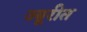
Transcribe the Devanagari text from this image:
ज्यूरीत